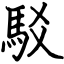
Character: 駁